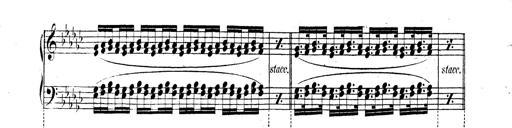
Title: Technische Studien
Composer: Franz Liszt